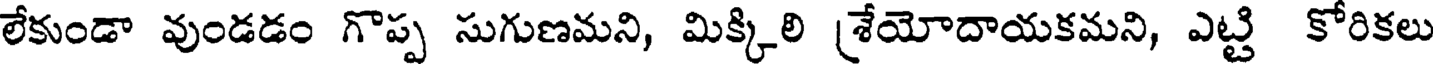
లేకుండా వుండడం గొప్ప సుగుణమని, మిక్కిలి [శేయోదాయకమని, ఎట్టి కోరికలు